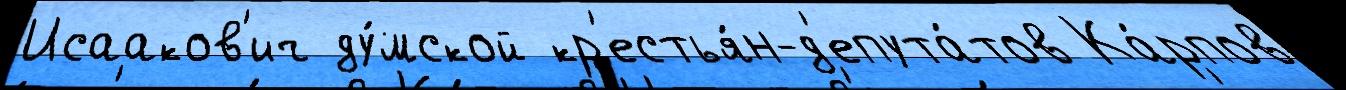
Исааков'ич ду́мской кр'естья́н-д'епута́тов Ка́рпов